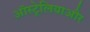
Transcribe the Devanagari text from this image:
ऑस्ट्रेलियाऔर